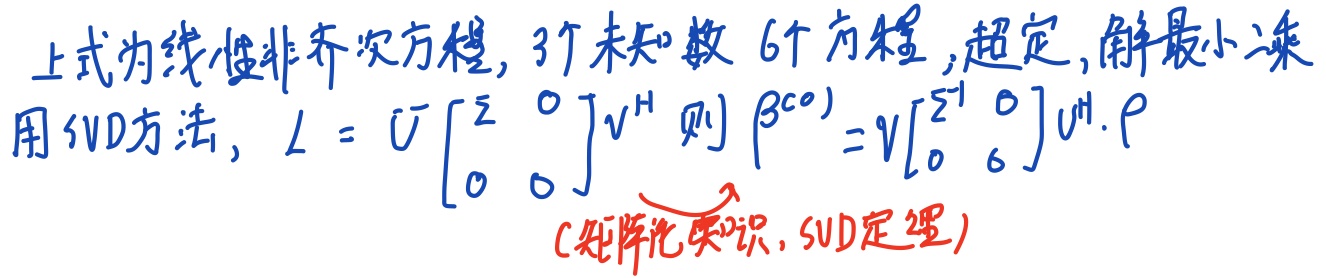
上式为线性非齐次方程，3个未知数6个方程，超定，解最小二乘用SVD方法，
\[L = U\begin{bmatrix}\Sigma & 0\\0 & 0\end{bmatrix}V^{H}\]
则
\[\beta^{(co)} = V\begin{bmatrix}\Sigma^{-1} & 0\\0 & 0\end{bmatrix}U^{H}\cdot p\]
（矩阵论知识，SVD定理）